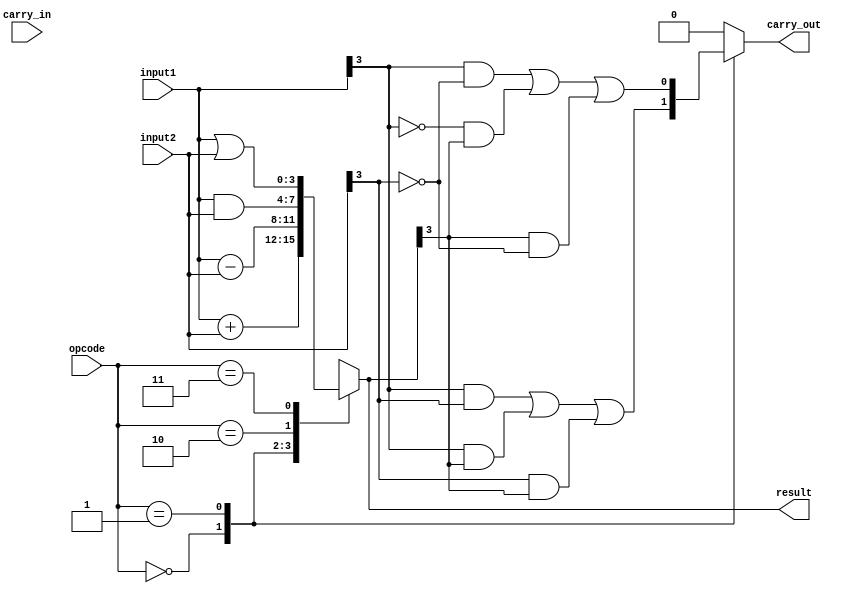
module ALU (
    input [3:0] input1,
    input [3:0] input2,
    input [1:0] opcode,
    input carry_in,
    output [3:0] result,
    output carry_out
);

reg [3:0] temp_result;
reg carry_out;

always @(*)
begin
    case(opcode)
        2'b00: temp_result = input1 + input2; // Addition
        2'b01: temp_result = input1 - input2; // Subtraction
        2'b10: temp_result = input1 & input2; // AND
        2'b11: temp_result = input1 | input2; // OR
        default: temp_result = input1 ^ input2; // XOR
    endcase
end

always @(*)
begin
    case(opcode)
        2'b00: carry_out = (input1[3] & input2[3]) | (input1[3] & temp_result[3]) | (input2[3] & temp_result[3]); // Carry-out for addition
        2'b01: carry_out = (input1[3] & ~input2[3]) | (~input1[3] & temp_result[3]) | (temp_result[3] & ~input2[3]); // Carry-out for subtraction
        default: carry_out = 1'b0; // No carry-out for logic operations
    endcase
end

assign result = temp_result;

endmodule